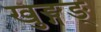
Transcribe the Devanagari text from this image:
खुङ्गङ्